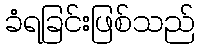
ခံရခြင်းဖြစ်သည်